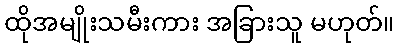
ထိုအမျိုးသမီးကား အခြားသူ မဟုတ်။